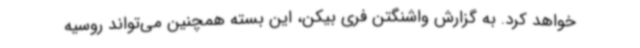
خواهد کرد. به‌ گزارش واشنگتن فری بیکن، این بسته همچنین می‌تواند روسیه